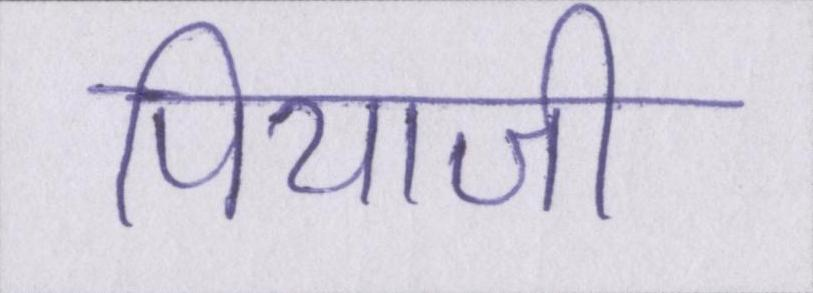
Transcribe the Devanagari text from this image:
पियाजी